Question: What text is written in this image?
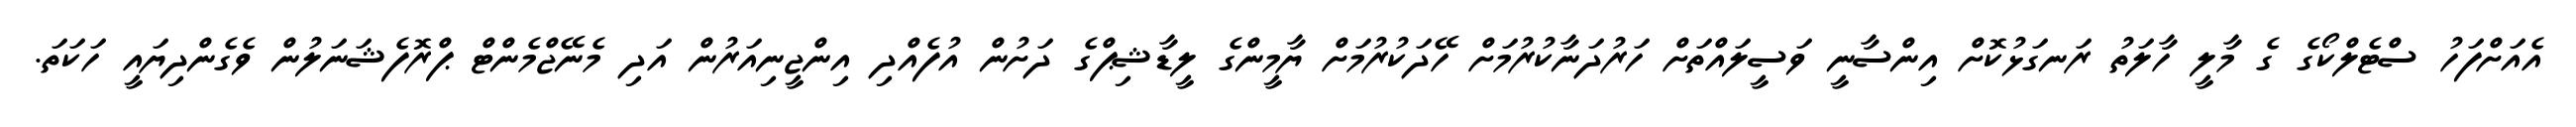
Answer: އެއަށްފަހު ސްޓެލްކޯގެ ގެ މާލީ ހާލަތު ރަނގަޅުކޮށް އިންސާނީ ވަސީލައްތަށް ހަރުދަނާކުރުމަށް ހޭދަކުރުމަށް ޔާމީންގެ ލީޑާޝިޕްގެ ދަށުން އުފެއްދި އިންޖީނިއަރުން އަދި މެނޭޖްމެންޓް ޕްރޮފެޝަނަލުން ވެގެންދިޔައީ ހަކަތަ.